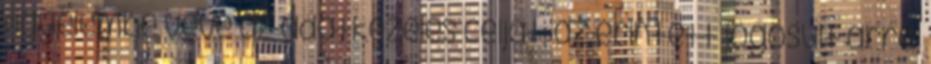
Figyelembe véve az adatkezelés célját, az érintett jogosult arra,